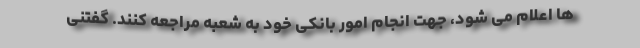
ها اعلام می شود، جهت انجام امور بانکی خود به شعبه مراجعه کنند. گفتنی